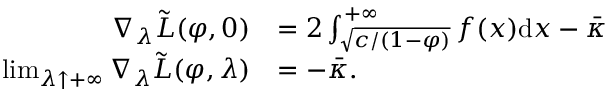
\begin{array} { r l } { { \nabla _ { \lambda } } \tilde { L } ( \varphi , 0 ) } & { = 2 \int _ { \sqrt { c / ( 1 - \varphi ) } } ^ { + \infty } f ( x ) \mathrm { d } x - \bar { \kappa } } \\ { \operatorname* { l i m } _ { \lambda \uparrow + \infty } { \nabla _ { \lambda } } \tilde { L } ( \varphi , \lambda ) } & { = - \bar { \kappa } . } \end{array}